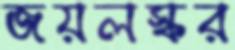
জয়লস্কর